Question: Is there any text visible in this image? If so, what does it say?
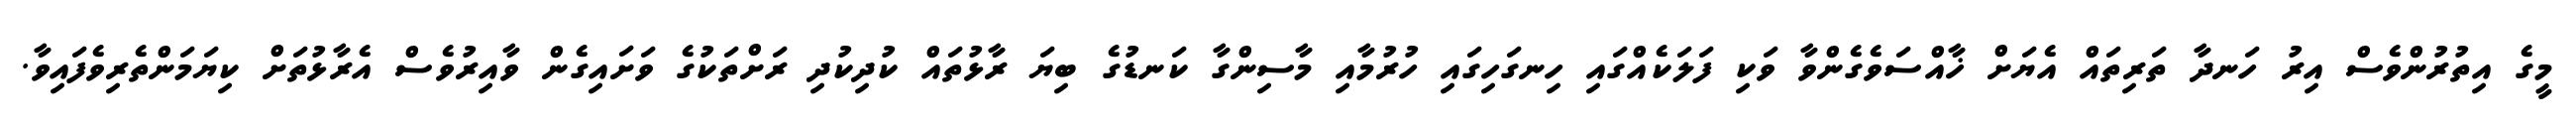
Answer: މީގެ އިތުރުންވެސް އިރު ހަނދާ ތަރިތައް އެޔަށް ޚާއްސަވެގެންވާ ވަކި ފަލަކެއްގައި ހިނގަހިގައި ހުރުމާއި މާސިންގާ ކަނޑުގެ ބިޔަ ރާޅުތައް ކުދިކުދި ރަށްތަކުގެ ވަށައިގެން ވާއިރުވެސް އެރާޅުތަށް ކިޔަމަންތެރިވެފައިވާ.